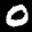
Label: 0